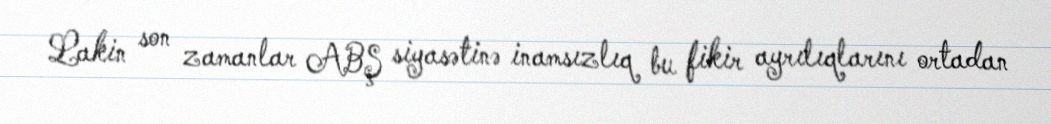
Lakin son zamanlar ABŞ siyasətinə inamsızlıq bu fikir ayrılıqlarını ortadan